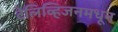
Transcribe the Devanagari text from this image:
टेलिव्हिजनमधून